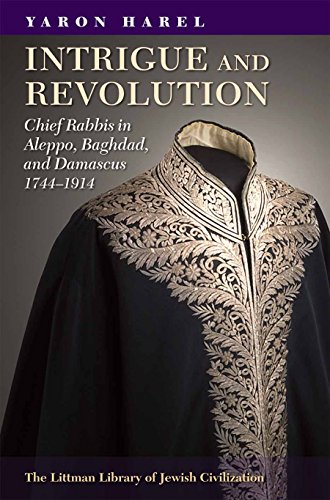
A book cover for Intrigue and Revolution: Chief Rabbis in Aleppo, Baghdad, and Damascus, 1744-1914 (The Littman Library of Jewish Civilization); Yaron Harel; History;